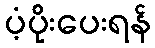
ပံ့ပိုးပေးရန်